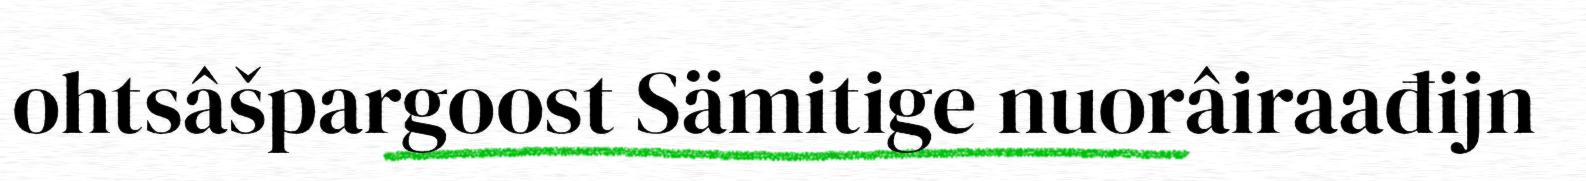
ohtsâšpargoost Sämitige nuorâiraađijn